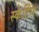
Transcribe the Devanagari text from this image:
स्‍केटिंग